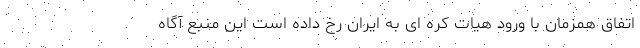
اتفاق همزمان با ورود هیات کره ای به ایران رخ داده است این منبع آگاه